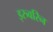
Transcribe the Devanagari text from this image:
इरुवरिन